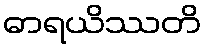
ဓာရယိဿတိ